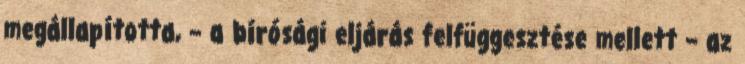
megállapította, – a bírósági eljárás felfüggesztése mellett – az